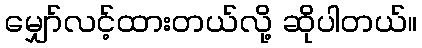
မျှော်လင့်ထားတယ်လို့ ဆိုပါတယ်။